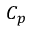
C _ { p }